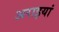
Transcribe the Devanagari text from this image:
अराइयां